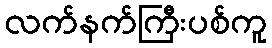
လက်နက်ကြီးပစ်ကူ